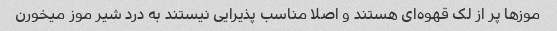
موزها پر از لک قهوه‌ای هستند و اصلا مناسب پذیرایی نیستند به درد شیر موز میخورن